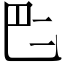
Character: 𠄧